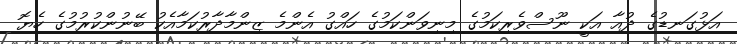
އަޅުގަނޑުގެ ދުއާ އަކީ ނޫސްވެރިކަމުގެ މިނިވަންކަމުގެ ހައްގު އެންމެ ޒިންމާދާރުކަމާއެކު ބޭނުންކުރުމުގެ ހެޔޮ